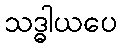
သဒ္ဓါယပေ